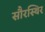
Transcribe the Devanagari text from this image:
सौरस्थिर